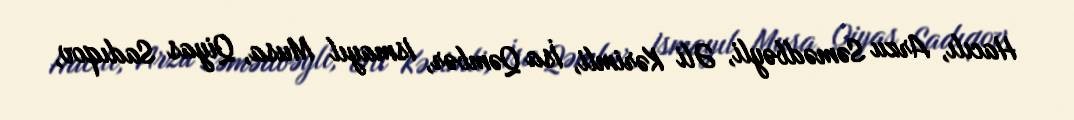
Hacılı, Arzu Səmədbəyli, Əli Kərimli, İsa Qəmbər, Ismayıl Musa, Qiyas Sadıqov,